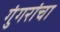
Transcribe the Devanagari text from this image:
गुंगरांचा